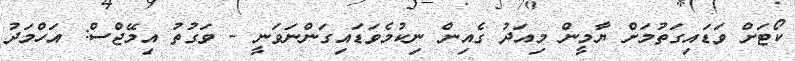
ކޯޓަށް ވަޑައިގަތުމަށް ޔާމީން މިއަދު ގެއިން ނިކުމެވަޑައިގަންނަވަނީ - ވަގުތު އިމޭޖްސް: އަހްމަދު